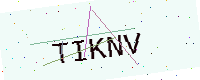
Text: TIKNV